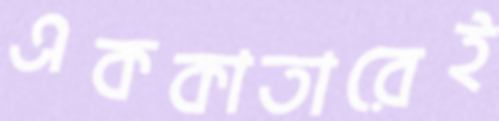
এককাতারেই